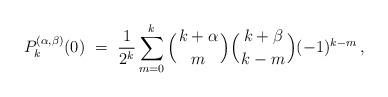
LaTeX: \begin{align*} P^{(\alpha,\beta)}_k(0)\ =\ \frac1{2^k} \sum^k_{m=0}\Big( {k+\alpha \atop m}\Big)\Big( {k+\beta \atop k-m}\Big)(-1)^{k-m}\,,\end{align*}